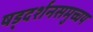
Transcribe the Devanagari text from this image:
षड्दर्शनसमुच्चय